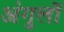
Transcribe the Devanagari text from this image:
अंगुलों